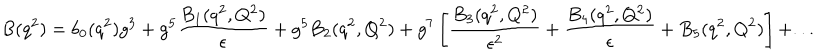
B ( q ^ { 2 } ) = b _ { 0 } ( q ^ { 2 } ) g ^ { 3 } + g ^ { 5 } { \frac { B _ { 1 } ( q ^ { 2 } , Q ^ { 2 } ) } { \epsilon } } + g ^ { 5 } B _ { 2 } ( q ^ { 2 } , Q ^ { 2 } ) + g ^ { 7 } \left[ { \frac { B _ { 3 } ( q ^ { 2 } , Q ^ { 2 } ) } { \epsilon ^ { 2 } } } + { \frac { B _ { 4 } ( q ^ { 2 } , Q ^ { 2 } ) } { \epsilon } } + B _ { 5 } ( q ^ { 2 } , Q ^ { 2 } ) \right] + . . .